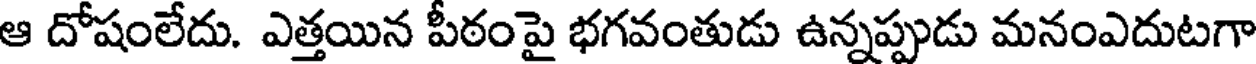
ఆ దోషంలేదు. ఎత్తయిన పీఠంపై భగవంతుడు ఉన్నప్పుడు మనంఎదుటగా